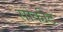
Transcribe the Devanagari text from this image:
सोकीट